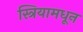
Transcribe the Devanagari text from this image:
स्त्रियामधून